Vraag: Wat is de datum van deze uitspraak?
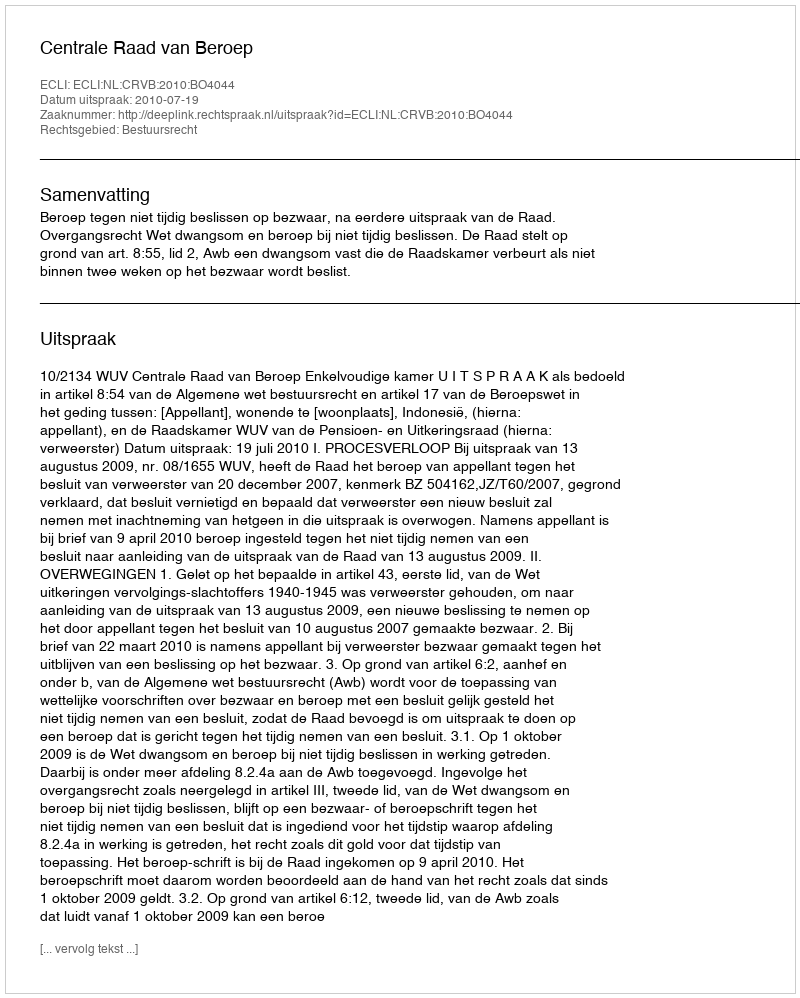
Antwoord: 2010-07-19